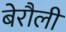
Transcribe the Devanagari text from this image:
बेरौली